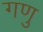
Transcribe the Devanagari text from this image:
गणु